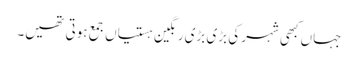
جہاں کبھی شہر کی بڑی بڑی رنگین ہستیاں جمع ہوتی تھیں۔